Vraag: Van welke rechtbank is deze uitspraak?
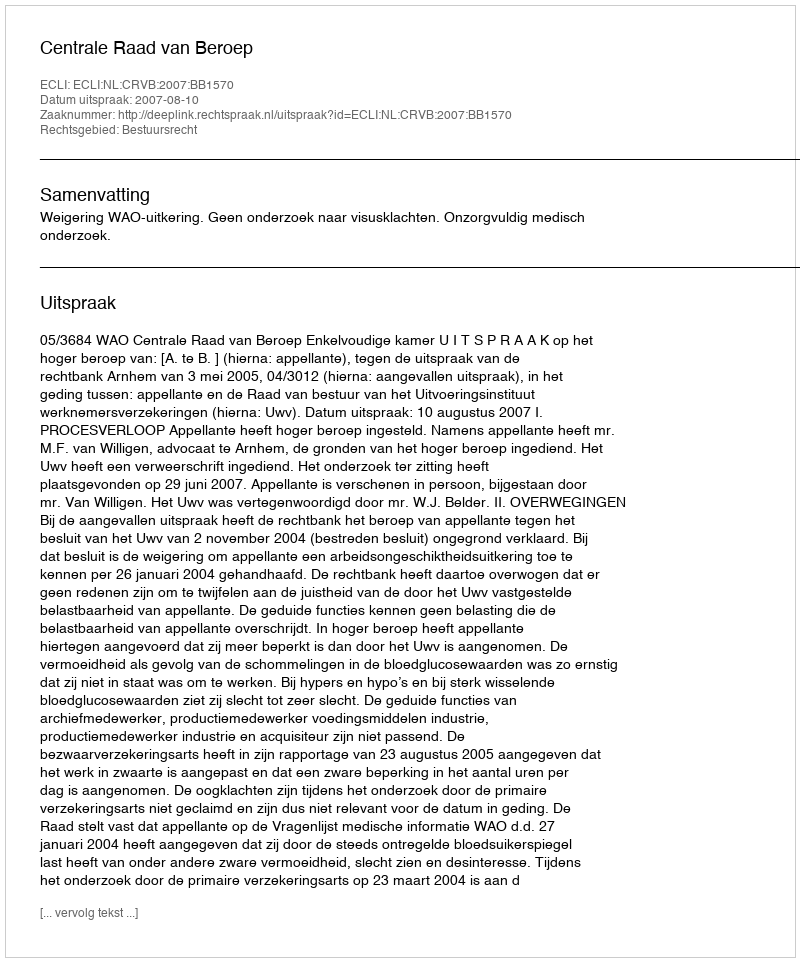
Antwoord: Centrale Raad van Beroep